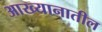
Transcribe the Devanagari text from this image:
आख्यानातील